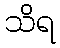
သိရ